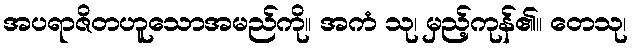
အပရာဇိတဟူသောအမည်ကို။ အကံ သု၊ မှည့်ကုန်၏။ တေသု၊